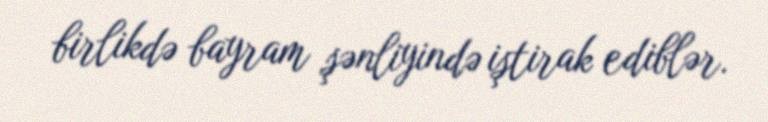
birlikdə bayram şənliyində iştirak ediblər.